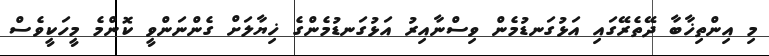
މި އިންތިޚާބާ ދޭތެރޭގައި އަޅުގަނޑުމެން ވިސްނާއިރު އަޅުގަނޑުމެންގެ ޚިޔާލަށް ގެންނަންވީ ކޮންމެ މީހަކީވެސް